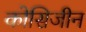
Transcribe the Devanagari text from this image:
कोसिजीन